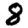
Digit: 8